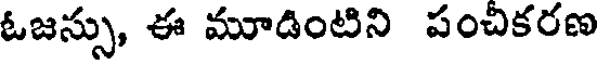
ఓజస్సు, ఈ మూడింటిని పంచికరణ